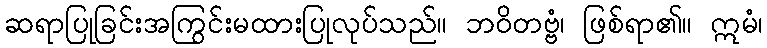
ဆရာပြုခြင်းအကြွင်းမထားပြုလုပ်သည်။ ဘဝိတဗ္ဗံ၊ ဖြစ်ရာ၏။ ဣမံ၊